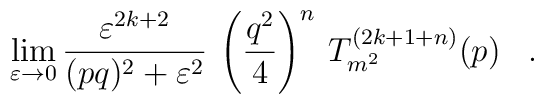
\lim_{\varepsilon \rightarrow 0}         \frac{\varepsilon^{2k+2}}{(pq)^2+\varepsilon^2} \:\left(\frac{q^2}{4}        \right)^n \: T_{m^2}^{(2k+1+n)}(p) \;\;\; .